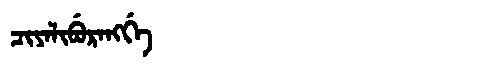
Manchu: ᠴᡳᠶᠠᠯᡳᠪᡠᡵᠠᠩᡤᡝ
Romanization: CIYALIBURANGGE